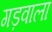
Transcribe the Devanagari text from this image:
गड़वाला